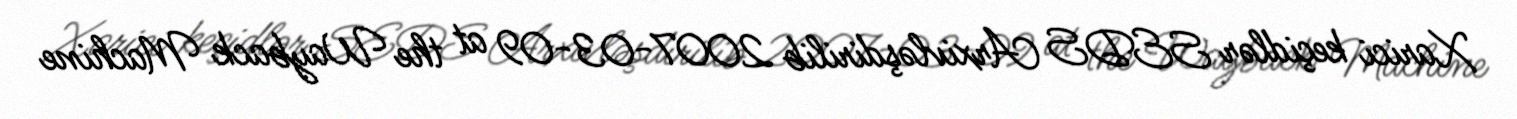
Xarici keçidlər SEDS Arxivləşdirilib 2007-03-09 at the Wayback Machine